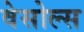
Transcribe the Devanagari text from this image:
वेसोल्स